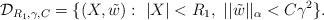
LaTeX: \begin{align*}{\mathcal D}_{R_1, \gamma, C}=\{ (X, \tilde w): \ |X| < R_1, \ ||\tilde w||_{\alpha} < C \gamma^2 \}.\end{align*}